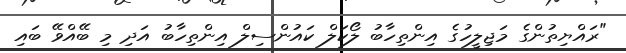
"ރައްޔިތުންގެ މަޖިލީހުގެ އިންތިހާބު ލޯކަލް ކައުންސިލް އިންތިހާބު އަދި މި ބޭއްވޭ ބައި